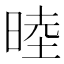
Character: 𬀻